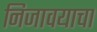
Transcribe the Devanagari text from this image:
निजावयाचा